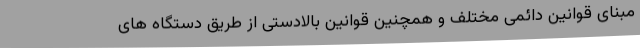
مبنای قوانین دائمی مختلف و همچنین قوانین بالادستی از طریق دستگاه های